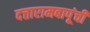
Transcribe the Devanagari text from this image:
दत्तारामबापूंची